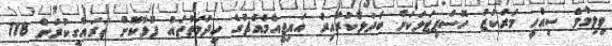
ވިލިމާލެ ސިއްހީ މަރުކަޒު ހޮސްޕިޓަލަކަށް ބަދަލުކުރާއިރު އައިޖީއެމްއެޗުގެ ހިދުމަތްތައް ފުޅާކޮށް ތަރައްގީކުރަން 118